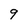
Character: 9